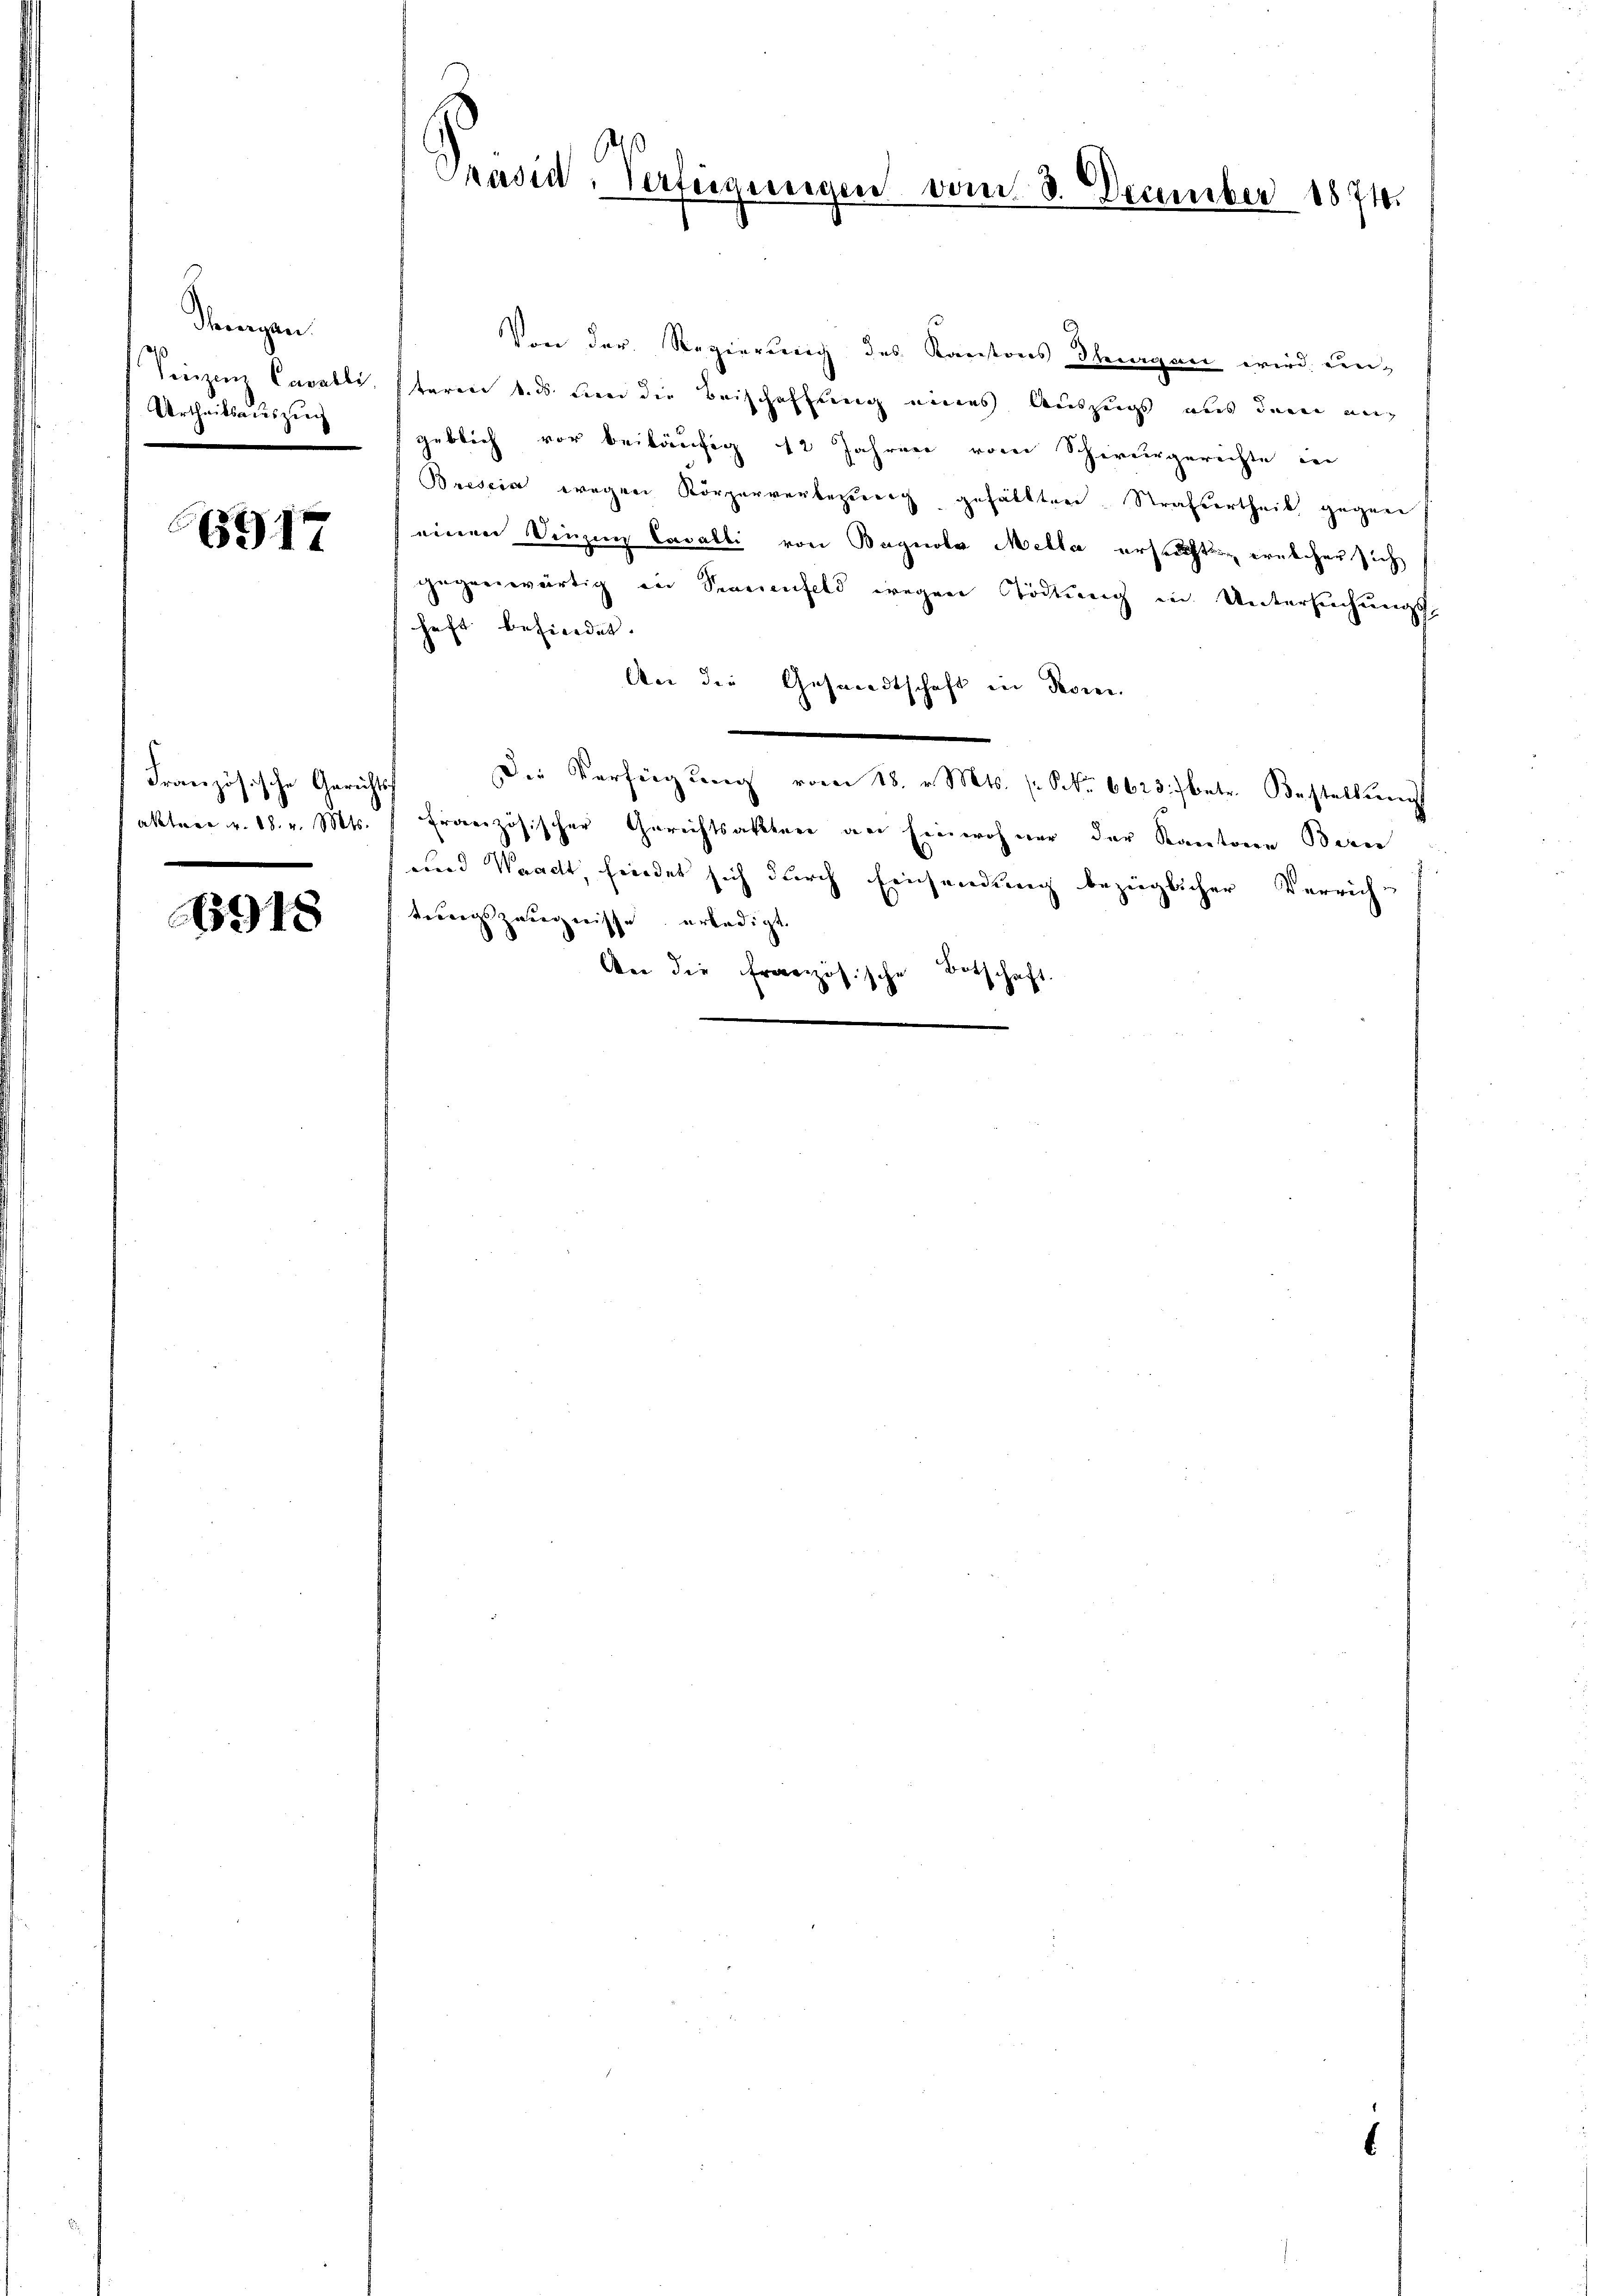
Singen.
Urtheilsauszug

6917

Französische Gerichts
akatura v. 18. v. Mts.

15918

Präsid-Verfügungen vom 3. December 1874.

Von der Regierung des Kantons Thurgau wird, un¬
Sieizenz Cavalli, staren v. ds. um die Beischaffung eines Auszugs aus dem ungeblich vor beiläufig 12 Jahren vom Schwurgerichte in
Bresia wegen Körperverbezierig gefällten Strassertheil gegen
einen Singung Cavalli von Bagnola Mella ersuchtung ernschen sich
gegenwärtig in Sinnenfeld wegen Tödtung in Untersuchungs-
haft befindet.
An die Gesandtschaft in Regier
Die Verfügung vom 18. v. Mts. (: S. 6623 betr. Bestellun
französischer Gerichtsakten an Einwohner der Kantone Bern
und Waadt, friedet sich durch Einsendung bezüglicher Verrich-
terricht zueignisse erledigt
An die französische Botschaft.